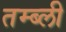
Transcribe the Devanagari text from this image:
तम्ब्ली